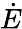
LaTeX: \dot{E}